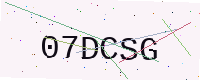
Text: 07DCSG